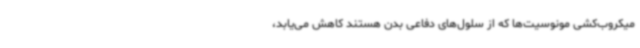
میکروب‌کشی مونوسیت‌ها که از سلول‌های دفاعی بدن هستند کاهش می‌یابد،